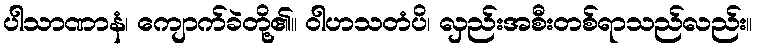
ပါသာဏာနံ၊ ကျောက်ခဲတို့၏။ ဝါဟသတံပိ၊ လှည်းအစီးတစ်ရာသည်လည်း။